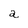
Character: a